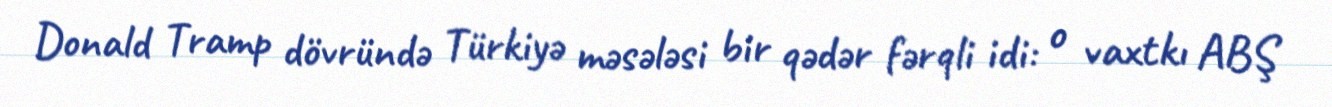
Donald Tramp dövründə Türkiyə məsələsi bir qədər fərqli idi: o vaxtkı ABŞ